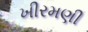
ખીરમણી